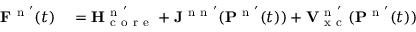
\begin{array} { r l } { \mathbf { F } ^ { \mathrm { ~ n ~ } ^ { \prime } } ( t ) } & { { } = \mathbf { H } _ { \mathrm { ~ c ~ o ~ r ~ e ~ } } ^ { \mathrm { ~ n ~ } ^ { \prime } } + \mathbf { J } ^ { \mathrm { ~ n ~ n ~ } ^ { \prime } } ( \mathbf { P } ^ { \mathrm { ~ n ~ } ^ { \prime } } ( t ) ) + \mathbf { V } _ { \mathrm { ~ x ~ c ~ } } ^ { \mathrm { ~ n ~ } ^ { \prime } } ( \mathbf { P } ^ { \mathrm { ~ n ~ } ^ { \prime } } ( t ) ) } \end{array}